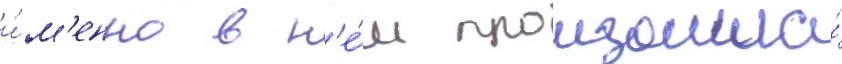
и́м'енно в н'е́м произошла́